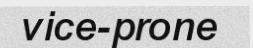
vice-prone